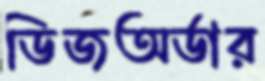
ডিজঅর্ডার